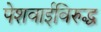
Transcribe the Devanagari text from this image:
पेशवाईविरुद्ध